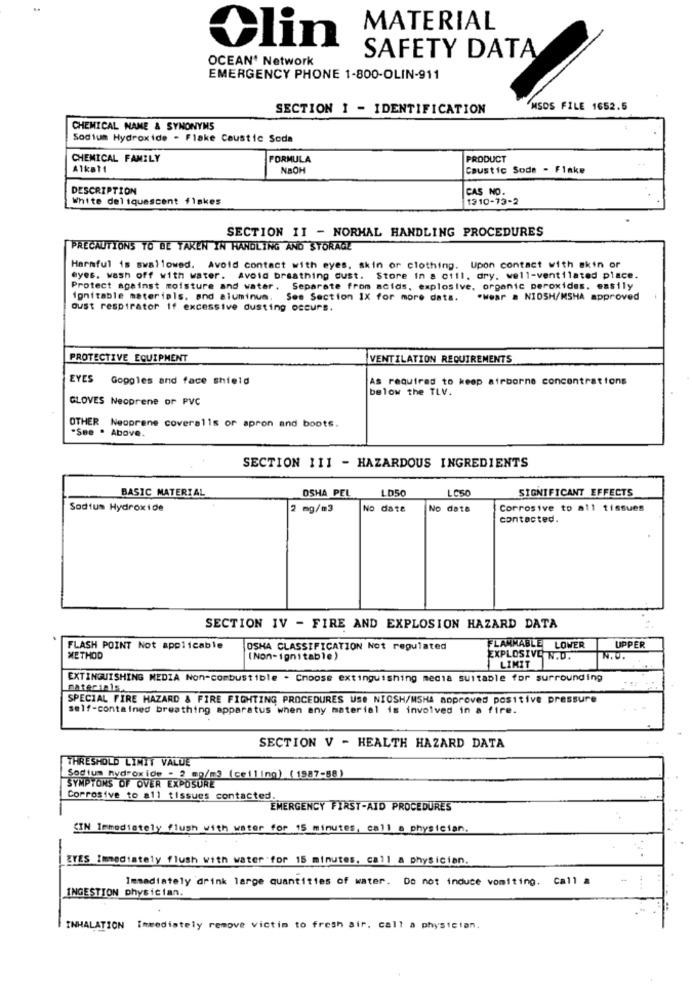
MATERIAL
>lin
OCEAN* Network
SAFETY DATA
EMERGENCY PHONE 1-800-OLIN-911
SECTION I - IDENTIFICATION
MSDS FILE 1652.5
CHEMICAL NAME & SYNONYMS
Sodium Hydroxide - Flake Coustic Soda
CHEMICAL FAMILY
FORMULA
PRODUCT
Alkat1
NaOH
Caustic Sode - Flake
DESCRIPTION
CAS NO.
White del iquescent fiskes
1310-73-2
SECTION II - NORMAL HANDLING PROCEDURES
PRECAUTIONS TO BE TAKEN IN HANDLING AND STORAGE
Harmful is swallowed. Avoid contact with eyes, skin or clothing. Upon contact with skin or
eyes. wash off with water. Avoid breathing dust. Store in a ctil, dry. well-ventilated place.
Protect against moisture and water. Separate from acids, explosive, organic peroxides. easily
ignitable materials. and aluminum. See Section IX for more data.
.wear . NIOSH/MSHA approved
oust respirator if excessive dusting occurs.
PROTECTIVE EQUIPMENT
VENTILATION REQUIREMENTS
EYES
Googles and face shield
As required to keep airborne concentrations
below the TLV.
GLOVES Neoprene or PVC
OTHER Neoprene coveralls or apron and boots.
"See . Above.
SECTION 111 - HAZARDOUS INGREDIENTS
BASIC MATERIAL
OSHA PEL
LD50
LOSO
SIGNIFICANT EFFECTS
Sodium Hydroxide
2 mg/m3
No date
No date
Corrosive to all tissues
contacted.
SECTION IV - FIRE AND EXPLOSION HAZARD DATA
FLASH POINT Not applicable
OSHA CLASSIFICATION Not regulated
FLAMMABLE LOWER
UPPER
METHOD
(Non- ignitable)
EXPLOSIVE N.D.
N.D.
LIMIT
EXTINGUISHING MEDIA Non-combustible . Choose extinguishing media suitable for surrounding
materi 15.
SPECIAL FIRE HAZARD & FIRE FIGHTING PROCEDURES Wse NIOSH/MSHA moproved positive pressure
self-contained breathing apparatus when any material is involved in a fire.
SECTION V - HEALTH HAZARD DATA
THRESHOLD LIMIT VALUE
Sodium hydroxide-2 mq/m3 (ceiling) (1987-88)
SYMPTONS OF OVER EXPOSURE
Corrosive to all tissues contacted.
EMERGENCY FIRST-AID PROCEDURES
SIN Immediately flush with water for 15 minutes, call a physician,
-
EYES Immediately flush with water for 15 minutes, call & physician.
Immediately drink large quantities of water. Do not induce vomiting. Call #
INGESTION physician.
INHALATION Immediately remove victim to fresh air. call a physician.